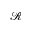
\mathscr { R }